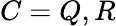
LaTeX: C=Q,R